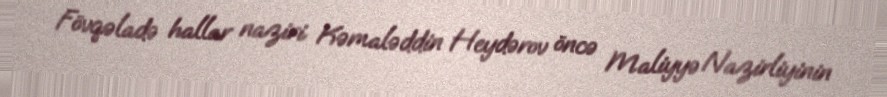
Fövqəladə hallar naziri Kəmaləddin Heydərov öncə Maliyyə Nazirliyinin